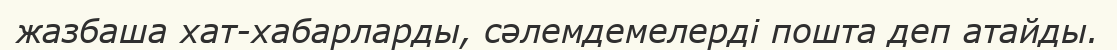
жазбаша хат-хабарларды, сәлемдемелерді пошта деп атайды.